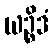
ယဉ္စိဒံ